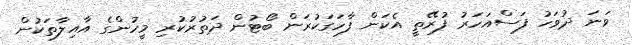
ވަނަ ދުވަހު ފަސްއަހަރު ފުރޭތީ އެކަން ފާހަގަކުރަން ބޯޓުން ދަތުރުކުރި މީހުންގެ އާއިލާތަކުން